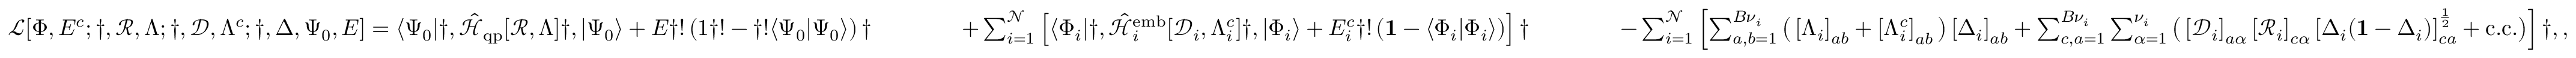
\begin{array} { r l r l r l r } & { } & { \mathcal { L } [ { \Phi } , E ^ { c } ; \dag , \mathcal { R } , \Lambda ; \dag , \mathcal { D } , \Lambda ^ { c } ; \dag , \Delta , \Psi _ { 0 } , E ] = \langle \Psi _ { 0 } | \dag , \hat { \mathcal { H } } _ { \mathrm { q p } } [ \mathcal { R } , \Lambda ] \dag , | \Psi _ { 0 } \rangle + E \dag ! \left( 1 \dag ! - \dag ! \langle \Psi _ { 0 } | \Psi _ { 0 } \rangle \right) \dag } & { } & { \quad \quad + \sum _ { i = 1 } ^ { \mathcal { N } } \left[ \langle \Phi _ { i } | \dag , \hat { \mathcal { H } } _ { i } ^ { \mathrm { e m b } } [ \mathcal { D } _ { i } , \Lambda _ { i } ^ { c } ] \dag , | \Phi _ { i } \rangle + E _ { i } ^ { c } \dag ! \left( \mathbf { 1 } - \langle \Phi _ { i } | \Phi _ { i } \rangle \right) \right] \dag } & { } & { \quad \quad - \sum _ { i = 1 } ^ { \mathcal { N } } \left[ \sum _ { a , b = 1 } ^ { B { \nu } _ { i } } \big ( \left[ \Lambda _ { i } \right] _ { a b } + \left[ \Lambda _ { i } ^ { c } \right] _ { a b } \big ) \left[ \Delta _ { i } \right] _ { a b } + \sum _ { c , a = 1 } ^ { B { \nu } _ { i } } \sum _ { \alpha = 1 } ^ { \nu _ { i } } \big ( \left[ \mathcal { D } _ { i } \right] _ { a \alpha } \left[ \mathcal { R } _ { i } \right] _ { c \alpha } \left[ \Delta _ { i } ( \mathbf { 1 } - \Delta _ { i } ) \right] _ { c a } ^ { \frac { 1 } { 2 } } + \mathrm { c . c . } \big ) \right] \dag , , } \end{array}